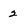
Character: 2